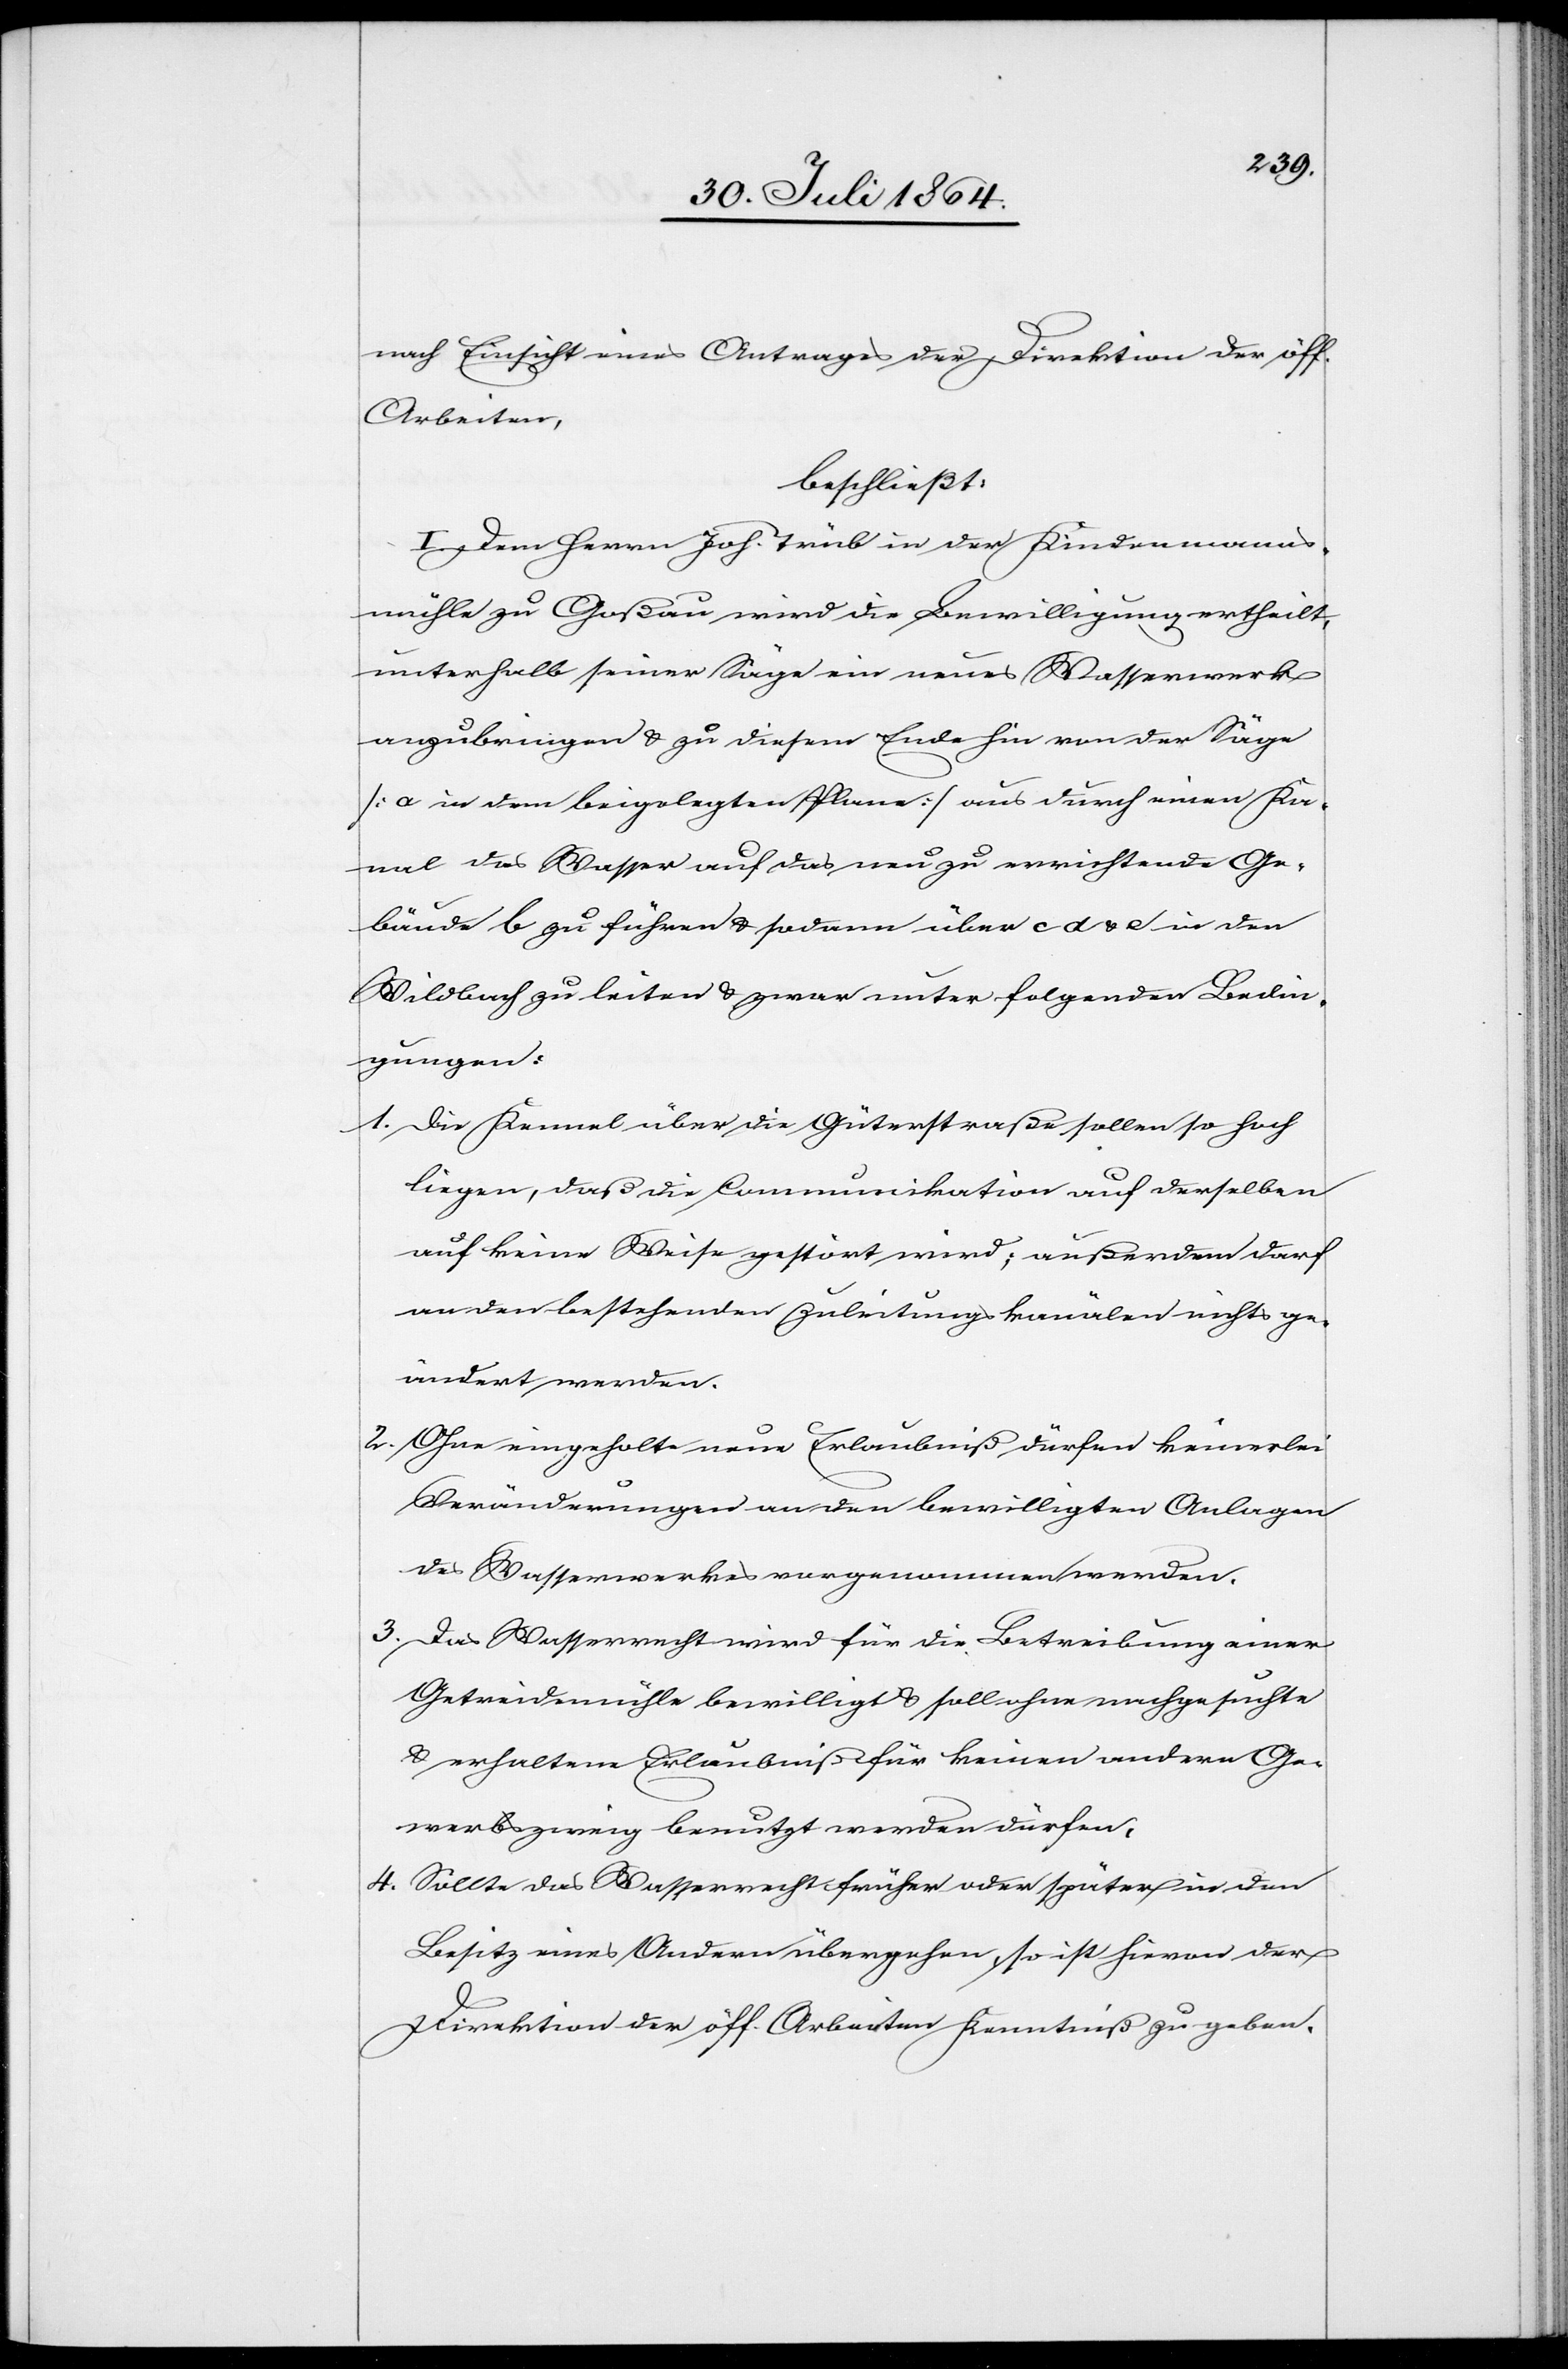
nach Einsicht eines Antrages der Direktion der öff.
Arbeiten,
beschließt:
I. Dem Herrn Joh. Trüb in der Kindenmanns¬
mühle zu Goßau wird die Bewilligung ertheilt,
unterhalb seiner Säge ein neues Wasserwerk
anzubringen & zu diesem Ende hin von der Säge
[a in dem beigelegten Plane] aus durch einen Ka¬
nal das Wasser auf das neu zu errichtende Ge¬
bäude b zu führen & sodann über c d & e in den
Wildbach zu leiten & zwar unter folgenden Bedin¬
gungen:
1.	Die Kennel über die Güterstraße sollen so hoch
liegen, daß die Communikation auf derselben
auf keine Weise gestört wird; außerdem darf
an den bestehenden Zuleitungskanälen nichts ge¬
ändert werden.
2.	Ohne eingeholte neue Erlaubniß dürfen keinerlei
Veränderungen an den bewilligten Anlagen
des Wasserwerkes vorgenommen werden.
3.	Das Wasserrecht wird für die Betreibung einer
Getreidemühle bewilligt & soll ohne nachgesuchte
& erhaltene Erlaubniß für keinen andern Ge¬
werbszweig benutzt werden dürfen.
4.	Sollte das Wasserrecht früher oder später in den
Besitz eines Andern übergehen, so ist hievon der
Direktion der öff. Arbeiten Kenntniß zu geben.